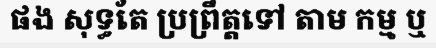
ផង សុទ្ធតែ ប្រព្រឹត្តទៅ តាម កម្ម ឬ